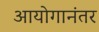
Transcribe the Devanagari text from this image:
आयोगानंतर